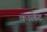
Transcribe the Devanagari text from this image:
कालेट